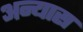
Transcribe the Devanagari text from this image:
अन्यास